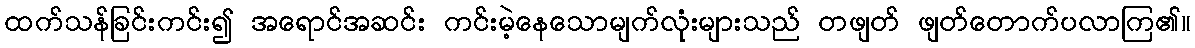
ထက်သန်ခြင်းကင်း၍ အရောင်အဆင်း ကင်းမဲ့နေသောမျက်လုံးများသည် တဖျတ် ဖျတ်တောက်ပလာကြ၏။